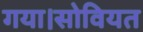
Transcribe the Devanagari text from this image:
गया।सोवियत